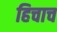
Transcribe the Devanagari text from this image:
हिचाच